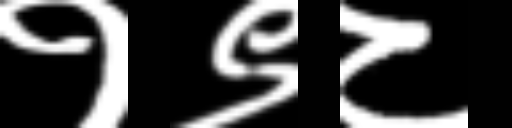
Text: १९८